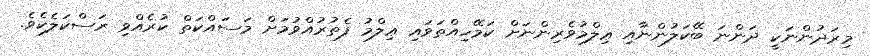
މިރަދުންނަކީ ދަންނަ ބޭކަލުންނާއި ޢިލްމުވެރިންނަށް ކަމޭހިއްތަވައި ޢިލްމު ފެތުރުއްވުމަށް މަސައްކަތް ކުރެއްވި ރަސްކަލެކެވެ.